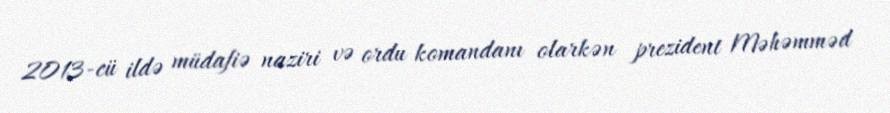
2013-cü ildə müdafiə naziri və ordu komandanı olarkən prezident Məhəmməd